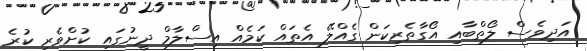
އަދިވެސް ލޯތްބާއި އޯގާތެރިކަން ގެއްލޭ އެތައް ކަމެއް އިސްލާމް ދީނުގައި ކުށްވެރި ކުރެ